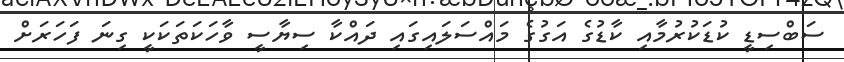
ސަބްސިޑީ ކުޑަކުރުމާއި ކާޑުގެ އަގުގެ މައްސަލައިގައި ދައްކާ ސިޔާސީ ވާހަކަތަކަކީ ގިނަ ފަހަރަށް